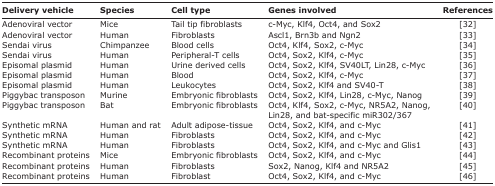
| Delivery vehicle | Species | Cell type | Genes involved | References |
 | --- | --- | --- | --- | --- |
 | Adenoviral vector | Mice | Tail tip fibroblasts | c-Myc, Klf4, Oct4, and Sox2 | [32] |
 | Adenoviral vector | Human | Fibroblasts | Ascl1, Brn3b and Ngn2 | [33] |
 | Sendai virus | Chimpanzee | Blood cells | Oct4, Klf4, Sox2, c-Myc | [34] |
 | Sendai virus | Human | Peripheral-T cells | Oct4, Sox2, Klf4, c-Myc | [35] |
 | Episomal plasmid | Human | Urine derived cells | Oct4, Sox2, Klf4, SV40LT, Lin28, c-Myc | [36] |
 | Episomal plasmid | Human | Blood | Oct4, Sox2, Klf4, c-Myc | [37] |
 | Episomal plasmid | Human | Leukocytes | Oct4, Sox2, Klf4 and SV40T | [38] |
 | Piggybac transposon | Murine | Embryonic fibroblasts | Oct4, Sox2, Klf4, Lin28, c-Myc, Nanog | [39] |
 | Piggybac transposon | Bat | Embryonic fibroblasts | Oct4, Klf4, Sox2, c-Myc, NR5A2, Nanog, Lin28, and bat-specific miR302/367 | [40] |
 | Synthetic mRNA | Human and rat | Adult adipose-tissue | Oct4, Sox2, Klf4, and c-Myc | [41] |
 | Synthetic mRNA | Human | Fibroblasts | Oct4, Sox2, Klf4, and c-Myc | [42] |
 | Synthetic mRNA | Human | Fibroblasts | Oct4, Sox2, Klf4, and c-Myc and Glis1 | [43] |
 | Recombinant proteins | Mice | Embryonic fibroblasts | Oct4, Sox2, Klf4, and c-Myc | [44] |
 | Recombinant proteins | Human | Fibroblasts | Sox2, Nanog, Klf4 and NR5A2 | [45] |
 | Recombinant proteins | Human | Fibroblast | Oct4, Sox2, Klf4, and c-Myc | [46] |